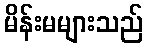
မိန်းမများသည်